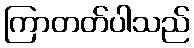
ကြာတတ်ပါသည်